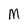
Character: M